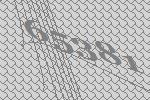
65381